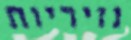
נזיריות